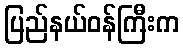
ပြည်နယ်ဝန်ကြီးက